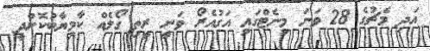
އަދި މެޗުގެ 28 ވަނަ މިނެޓްގައި އަގުއެރޯ ވަނީ ރީތި ގޯލެއް ކާމިޔާބުކޮށްދީ